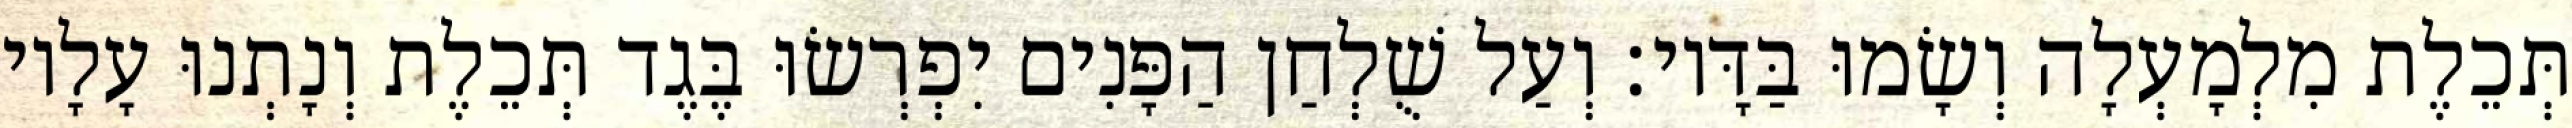
תְּכֵלֶת מִלְמָעְלָה וְשָׂמוּ בַּדָּיו׃ וְעַל שֻׁלְחַן הַפָּנִים יִפְרְשׂוּ בֶּגֶד תְּכֵלֶת וְנָתְנוּ עָלָיו